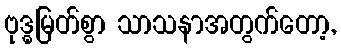
ဗုဒ္ဓမြတ်စွာ သာသနာအတွက်တော့,